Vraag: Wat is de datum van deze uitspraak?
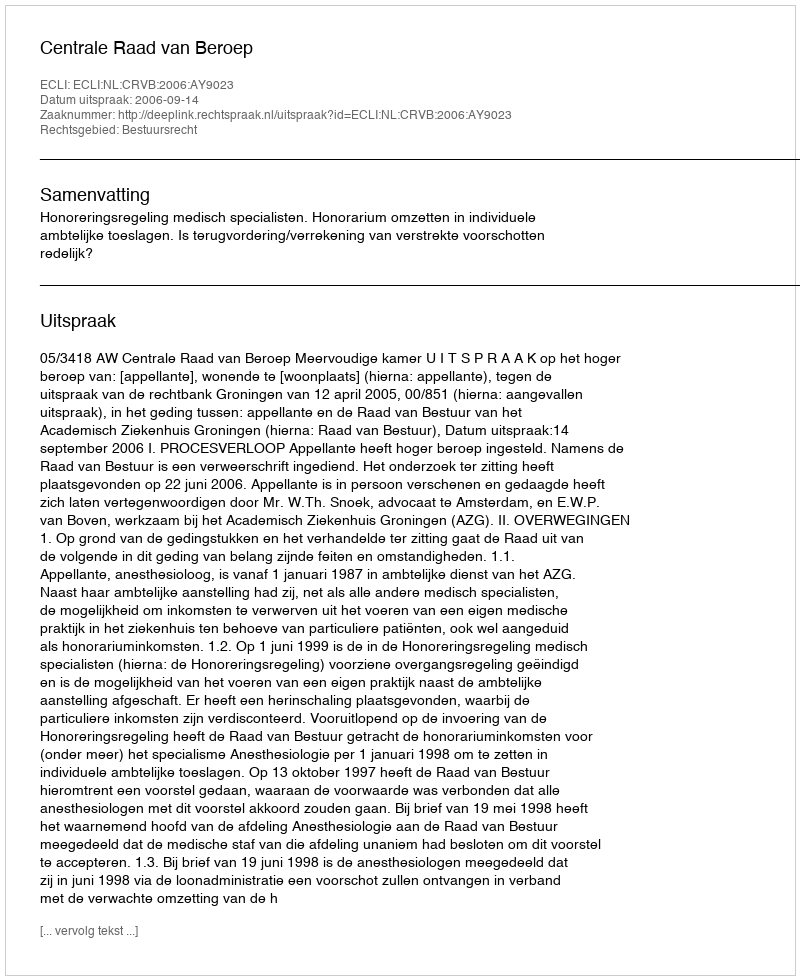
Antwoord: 2006-09-14